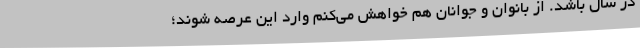
در سال باشد. از بانوان و جوانان هم خواهش می‌کنم وارد این عرصه شوند؛